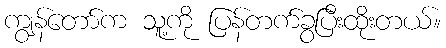
ကျွန်တော်က သူ့ကို ပြန်တက်ခွပြီးထိုးတယ်။